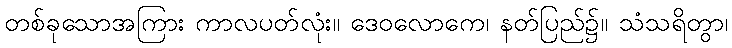
တစ်ခုသောအကြား ကာလပတ်လုံး။ ဒေဝလောကေ၊ နတ်ပြည်၌။ သံသရိတွာ၊